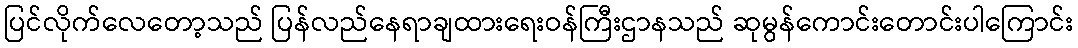
ပြင်လိုက်လေတော့သည် ပြန်လည်နေရာချထားရေးဝန်ကြီးဌာနသည် ဆုမွန်ကောင်းတောင်းပါကြောင်း